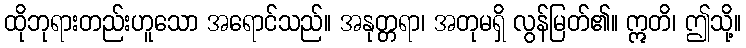
ထိုဘုရားတည်းဟူသော အရောင်သည်။ အနုတ္တရာ၊ အတုမရှိ လွန်မြတ်၏။ ဣတိ၊ ဤသို့။